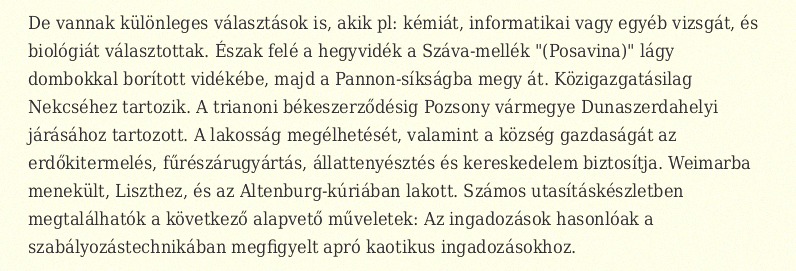
De vannak különleges választások is, akik pl: kémiát, informatikai vagy egyéb vizsgát, és biológiát választottak. Észak felé a hegyvidék a Száva-mellék "(Posavina)" lágy dombokkal borított vidékébe, majd a Pannon-síkságba megy át. Közigazgatásilag Nekcséhez tartozik. A trianoni békeszerződésig Pozsony vármegye Dunaszerdahelyi járásához tartozott. A lakosság megélhetését, valamint a község gazdaságát az erdőkitermelés, fűrészárugyártás, állattenyésztés és kereskedelem biztosítja. Weimarba menekült, Liszthez, és az Altenburg-kúriában lakott. Számos utasításkészletben megtalálhatók a következő alapvető műveletek: Az ingadozások hasonlóak a szabályozástechnikában megfigyelt apró kaotikus ingadozásokhoz.